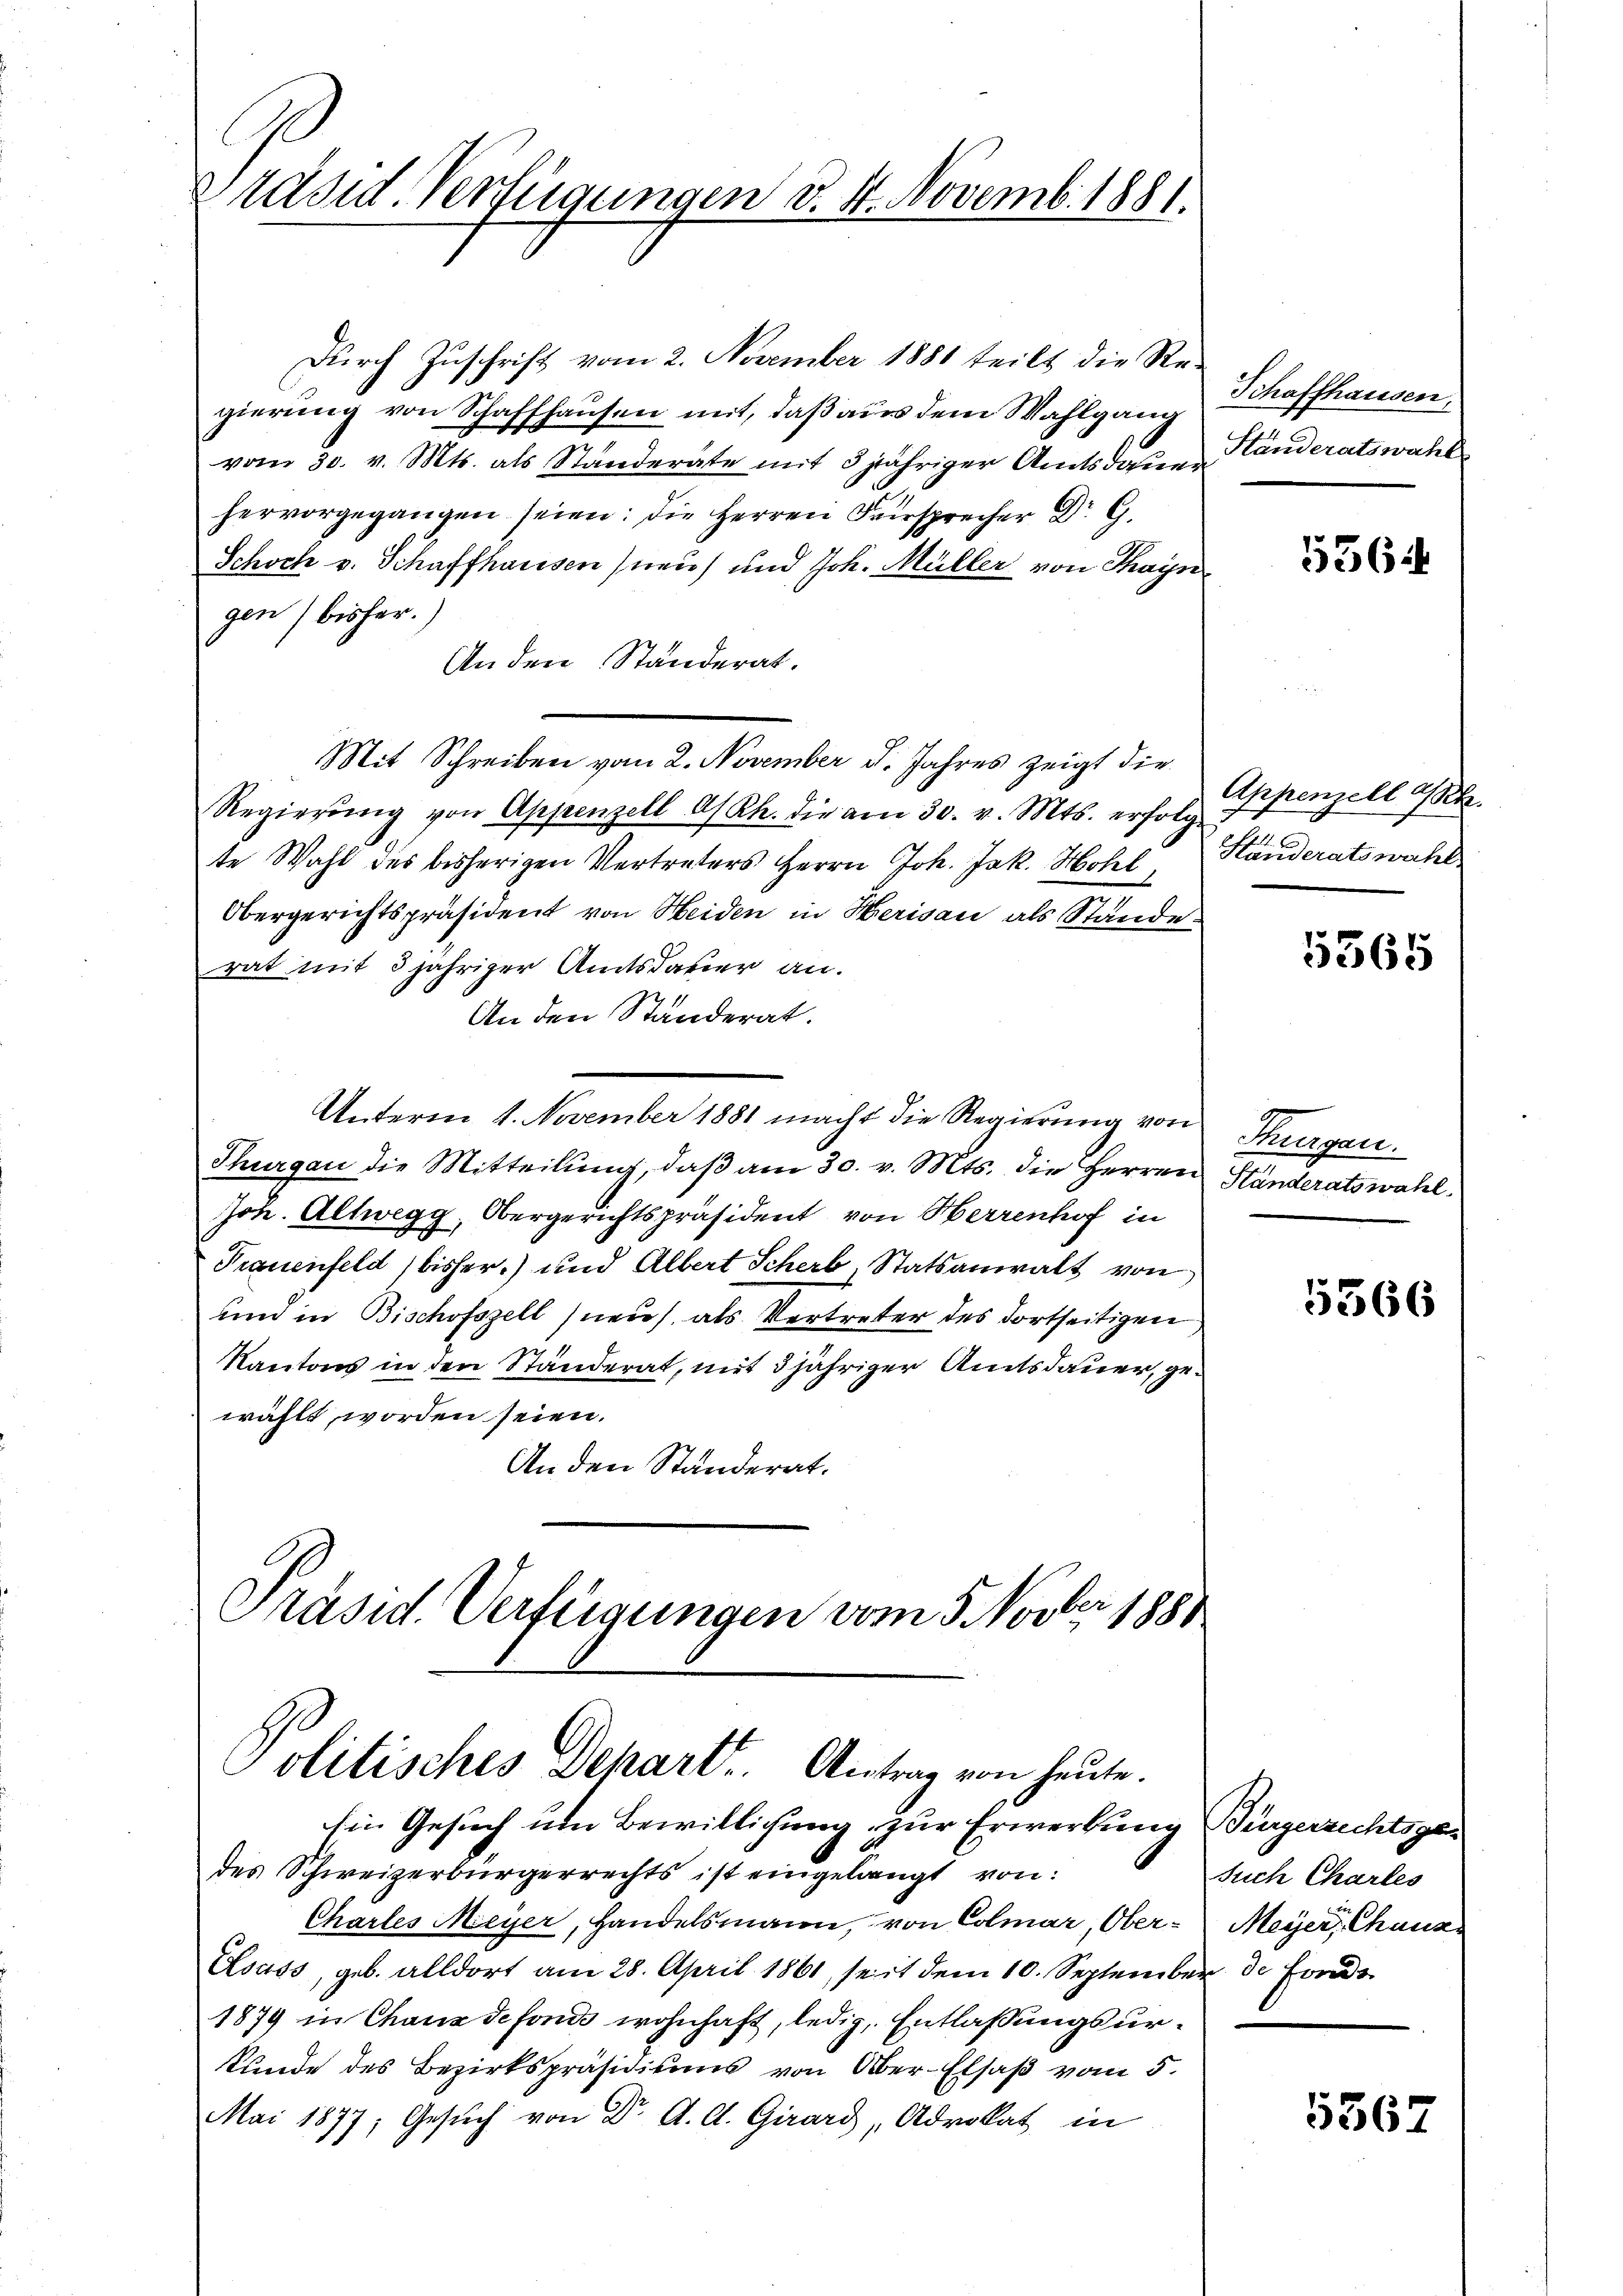
Präsid. Verfügungen v. 4. Novemb. 1881.

Dŭrch Zŭschrift vom 2. November 1881 teilt die Re-
gierung von Schaffhausen mit, daß aus dem Wahlgang
f
vom 30. v. Mts. als Ständerate mit 3 jähriger Amtsdauer
hervorgegangen seien: die Herren Fürsprecher Dr G.
Schoch v. Schaffhausen (neu) und Joh. Müller von Thayn
gen) bisher.)
An den Ständerat.
Mit Schreiben vom 2. November d. Jahres zeigt die
Regierŭng von Appenzell A/Rh. die am 30. v. Mts. erfolg
te Wahl des bisherigen Vertreters Herrn Joh. Jak. Hohl
Obergerichtspräsident von Heiden in Herisau als Stände
rat mit 3 jähriger Amtsdauer an.
An den Standerat.
Unterm 1. November 1881 macht die Regierŭng von Thurgau.
Thurgau die Mitteilung, daß am 30. v. Mts. die Herren Standeratswahl
Joh. Altwegg, Obergerichtspräsident von Herrenhof in
Frauenfeld) bisher.) und Albert Scherb, Statsanwalt von
und in Bischofszell (neus, als Vertreter des dortseitigen
Kantons in den Ständerat, mit 3 jähriger Amtsdauer, gewählt worden seien.
An den Ständerat.
Präsid. Verfügungen vom 5. Novber 1881

Politisches Depart. Antrag von heute.

Ein Gesuch um Bewilligung zur Erwerbung Bürgerrechtsgedes Schweizerbürgerrechts ist eingelangt von:
Charles Meyer, Handelsmann, von Colmar, Ober-Meyer, Chause
Elsass, geb. alldort am 28. April 1861, seit dem 10. September de Fonds
1879 in Chaus defond wohnhaft, ledig, Entlaßungsurkunde des Bezirkspräsidiums von Ober-Elsaß vom 5.
Mai 1877; Gesŭch von Dr. A. A. Girard, Advokat in

Schaffhausen.
Händeratswahl

536

Appenzell a/Rh.
Handeratswahl

5565

5366

such Charles

5567